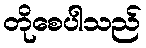
တိုစေပါသည်